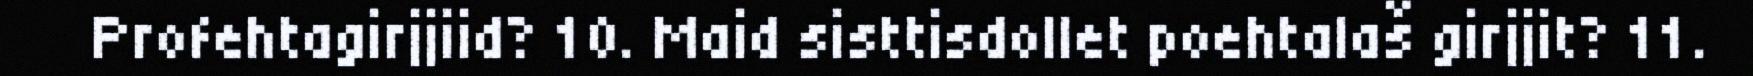
Profehtagirjjiid? 10. Maid sisttisdollet poehtalaš girjjit? 11.